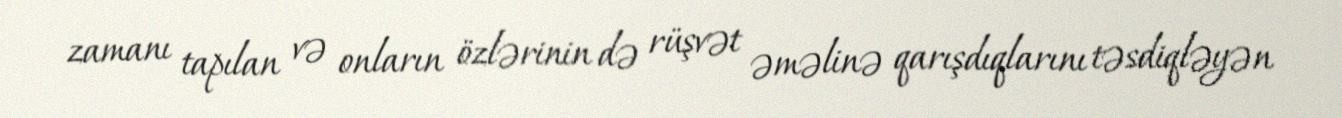
zamanı tapılan və onların özlərinin də rüşvət əməlinə qarışdıqlarını təsdiqləyən